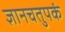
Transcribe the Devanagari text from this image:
ज्ञानचतुपकं